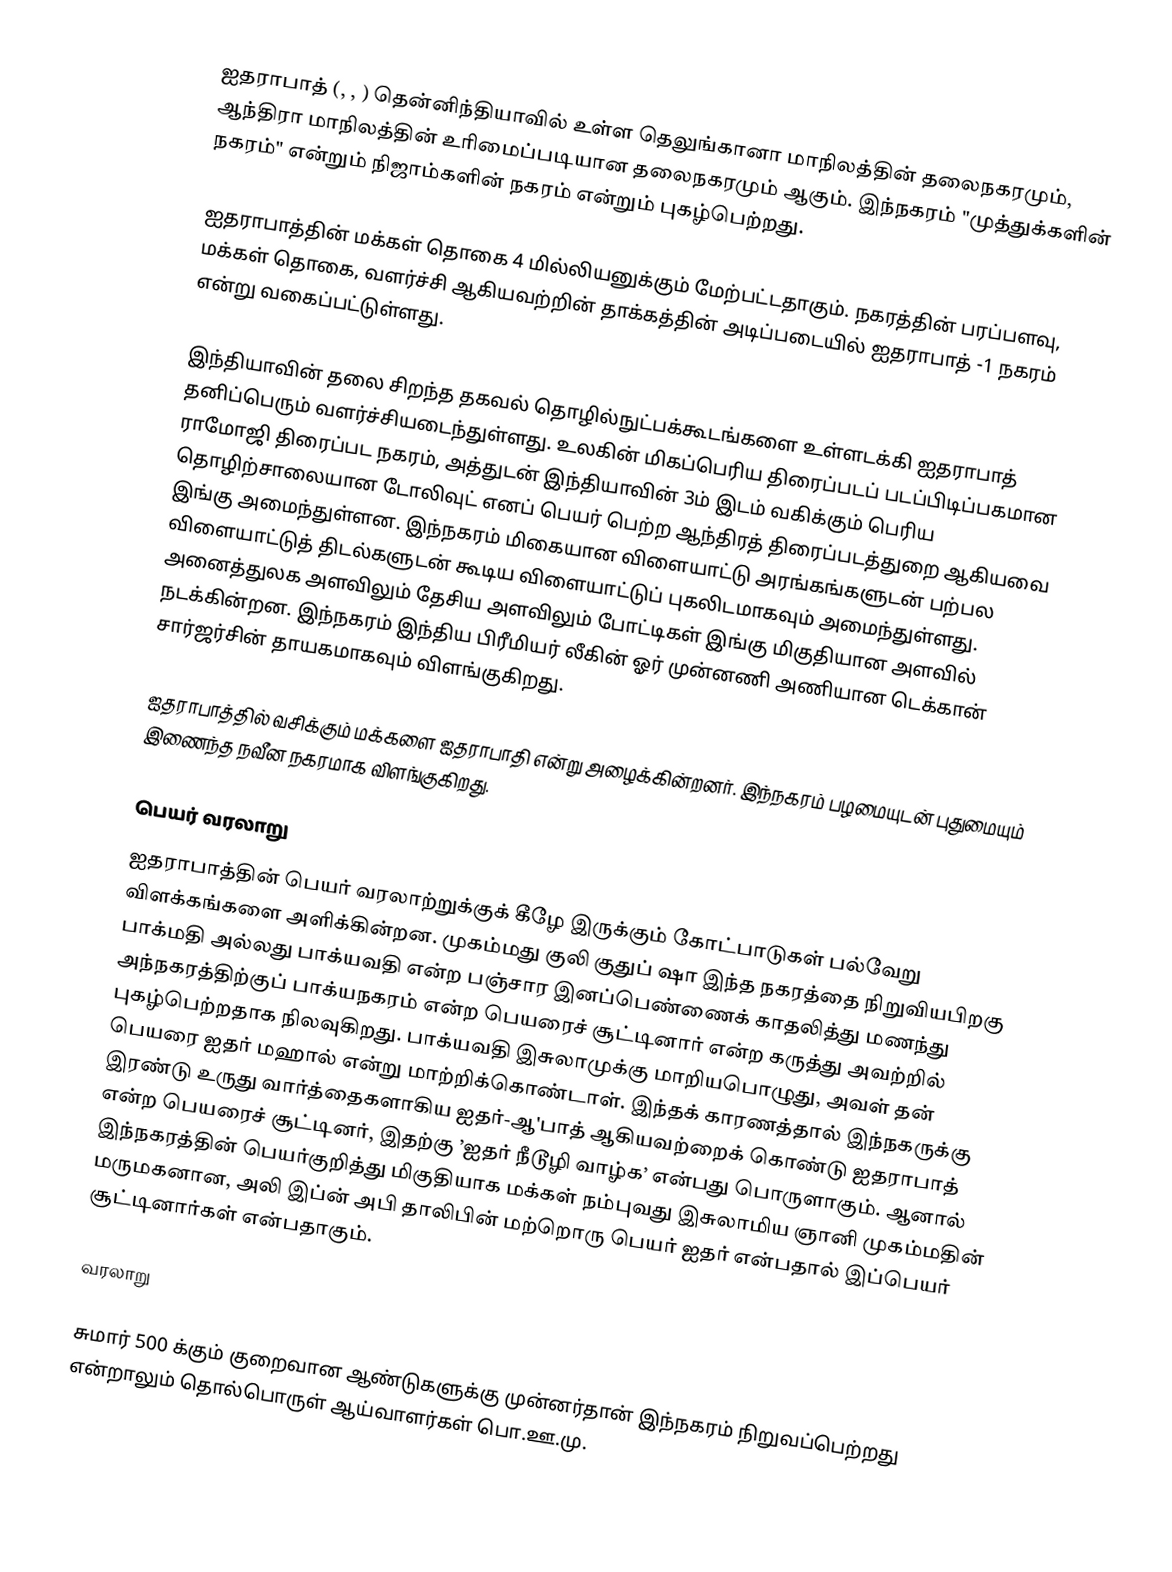
ஐதராபாத் (, , ) தென்னிந்தியாவில் உள்ள தெலுங்கானா மாநிலத்தின்  தலைநகரமும், ஆந்திரா மாநிலத்தின் உரிமைப்படியான தலைநகரமும் ஆகும். இந்நகரம் "முத்துக்களின் நகரம்" என்றும் நிஜாம்களின் நகரம் என்றும் புகழ்பெற்றது.

ஐதராபாத்தின் மக்கள் தொகை 4 மில்லியனுக்கும் மேற்பட்டதாகும். நகரத்தின் பரப்பளவு, மக்கள் தொகை, வளர்ச்சி ஆகியவற்றின் தாக்கத்தின் அடிப்படையில் ஐதராபாத் -1 நகரம் என்று வகைப்பட்டுள்ளது.

இந்தியாவின் தலை சிறந்த தகவல் தொழில்நுட்பக்கூடங்களை உள்ளடக்கி ஐதராபாத் தனிப்பெரும் வளர்ச்சியடைந்துள்ளது. உலகின் மிகப்பெரிய திரைப்படப் படப்பிடிப்பகமான ராமோஜி திரைப்பட நகரம், அத்துடன் இந்தியாவின் 3ம் இடம் வகிக்கும் பெரிய தொழிற்சாலையான டோலிவுட் எனப் பெயர் பெற்ற ஆந்திரத் திரைப்படத்துறை ஆகியவை இங்கு அமைந்துள்ளன. இந்நகரம் மிகையான விளையாட்டு அரங்கங்களுடன் பற்பல விளையாட்டுத் திடல்களுடன் கூடிய விளையாட்டுப் புகலிடமாகவும் அமைந்துள்ளது. அனைத்துலக அளவிலும் தேசிய அளவிலும் போட்டிகள் இங்கு மிகுதியான அளவில் நடக்கின்றன. இந்நகரம் இந்திய பிரீமியர் லீகின் ஓர் முன்னணி அணியான டெக்கான் சார்ஜர்சின் தாயகமாகவும் விளங்குகிறது.

ஐதராபாத்தில் வசிக்கும் மக்களை ஐதராபாதி என்று அழைக்கின்றனர். இந்நகரம் பழமையுடன் புதுமையும் இணைந்த நவீன நகரமாக விளங்குகிறது.

பெயர் வரலாறு
ஐதராபாத்தின் பெயர் வரலாற்றுக்குக் கீழே இருக்கும் கோட்பாடுகள் பல்வேறு விளக்கங்களை அளிக்கின்றன. முகம்மது குலி குதுப் ஷா இந்த நகரத்தை நிறுவியபிறகு பாக்மதி அல்லது பாக்யவதி என்ற பஞ்சார இனப்பெண்ணைக் காதலித்து மணந்து அந்நகரத்திற்குப் பாக்யநகரம் என்ற பெயரைச் சூட்டினார் என்ற கருத்து அவற்றில் புகழ்பெற்றதாக நிலவுகிறது. பாக்யவதி இசுலாமுக்கு மாறியபொழுது, அவள் தன் பெயரை ஐதர் மஹால் என்று மாற்றிக்கொண்டாள். இந்தக் காரணத்தால் இந்நகருக்கு இரண்டு உருது வார்த்தைகளாகிய ஐதர்-ஆ'பாத் ஆகியவற்றைக் கொண்டு ஐதராபாத் என்ற பெயரைச் சூட்டினர், இதற்கு ’ஐதர் நீடூழி வாழ்க’ என்பது பொருளாகும். ஆனால் இந்நகரத்தின் பெயர்குறித்து மிகுதியாக மக்கள் நம்புவது இசுலாமிய ஞானி முகம்மதின் மருமகனான, அலி இப்ன் அபி தாலிபின் மற்றொரு பெயர் ஐதர் என்பதால் இப்பெயர் சூட்டினார்கள் என்பதாகும்.

வரலாறு

சுமார் 500 க்கும் குறைவான ஆண்டுகளுக்கு முன்னர்தான் இந்நகரம் நிறுவப்பெற்றது என்றாலும் தொல்பொருள் ஆய்வாளர்கள் பொ.ஊ.மு.